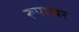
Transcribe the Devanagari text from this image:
रूपाम्बर